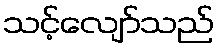
သင့်လျော်သည်